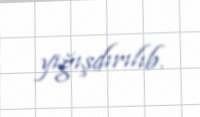
yığışdırılıb.